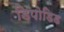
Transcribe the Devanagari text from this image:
डिपोडिड